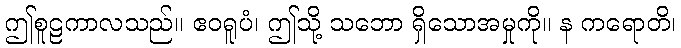
ဤစူဠကာလသည်။ ဧဝရူပံ၊ ဤသို့ သဘော ရှိသောအမှုကို။ န ကရောတိ၊